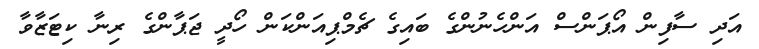
އަދި ސާފިން އޯޕަންސް އަންހެނުންގެ ބައިގެ ޗެމްޕިއަންކަން ހޯދީ ޖަޕާންގެ ރިނާ ކިޓަޒާވާ